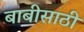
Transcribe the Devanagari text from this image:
बाबीसाठी